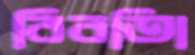
বিবতিা